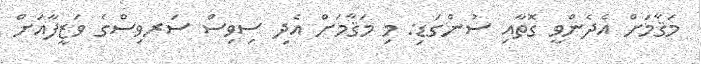
މަޤާމަށް އެދެންވީ ގޮތާއި ސުންގަޑި: މި މަޤާމަށް އެދި ސިވިސް ސަރވިސްގެ ވަޒީފާއަށް